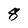
Character: 8